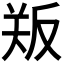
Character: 𪠫